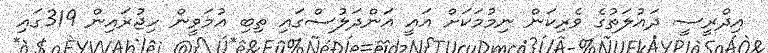
އިދްރީސީ ދައުލަތުގެ ވެރިކަން ނިމުމަކަށް އައީ އަންދަލުސްގައި ތިބި އުމަވީން ހިޖުރައިން 319ގައި